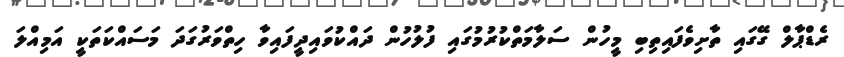
ރެޑްޕާލް ގޭގައި ތާށިވެފައިތިބި މީހުން ސަލާމަތްކުރުމުގައި ފުލުހުން ދައްކުވައިދީފައިވާ ހިތްވަރުގަދަ މަސައްކަތަކީ އަމިއްލަ